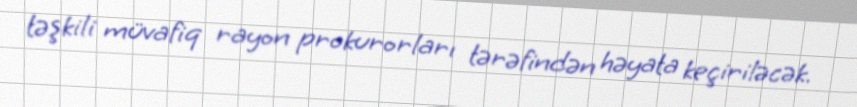
təşkili müvafiq rayon prokurorları tərəfindən həyata keçiriləcək.